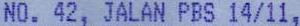
NO. 42, JALAN PBS 14/11,